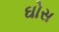
ઘોસ